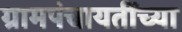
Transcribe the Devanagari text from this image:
ग्रामपंचायतींच्या